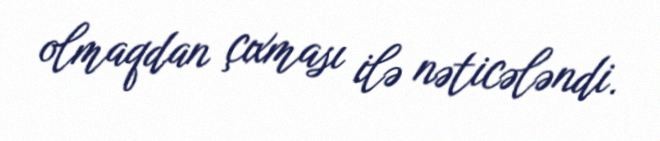
olmaqdan çıxması ilə nəticələndi.